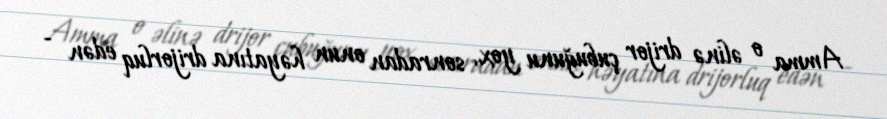
Amma o əlinə drijor çubuğunu yox, sonradan onun həyatına drijorluq edən -